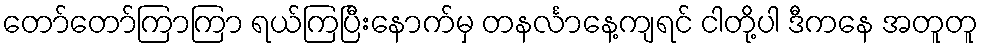
တော်တော်ကြာကြာ ရယ်ကြပြီးနောက်မှ တနင်္လာနေ့ကျရင် ငါတို့ပါ ဒီကနေ အတူတူ